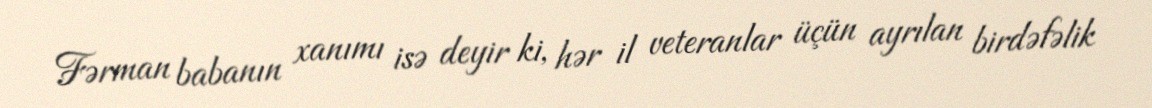
Fərman babanın xanımı isə deyir ki, hər il veteranlar üçün ayrılan birdəfəlik